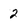
Character: 2